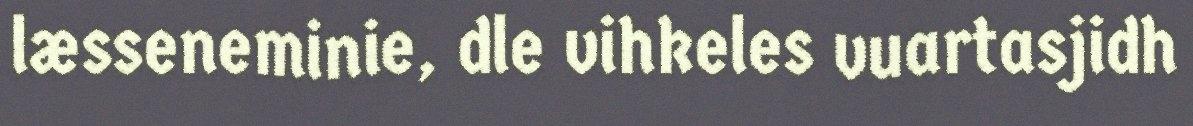
læsseneminie, dle vihkeles vuartasjidh